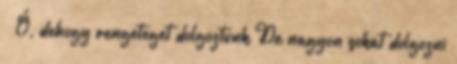
” Ó, dehogy rengeteget dolgoztunk De nagyon sokat dolgozni